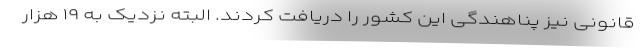
قانونی نیز پناهندگی این کشور را دریافت کردند. البته نزدیک به ۱۹ هزار